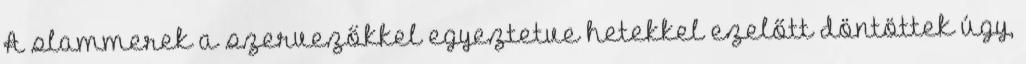
A slammerek a szervezőkkel egyeztetve hetekkel ezelőtt döntöttek úgy,